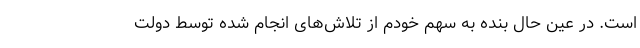
است. در عین حال بنده به سهم خودم از تلاش‌های انجام‌ شده توسط دولت